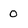
Character: 0